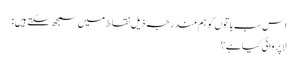
اِس سب باتوں کو ہم مندرجہ ذیل نقاط میں سمجھ سکتے ہیں :
لاپروائی کیا ہے ؟